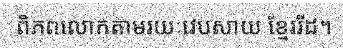
ពិភពលោកតាមរយៈវេបសាយ ខ្មែររីដ។